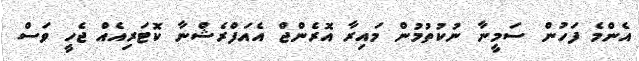
އެންމެ ފަހުން ސަމީނާ ނުކުތުމުން މައިރާ އޮރެންޖް އެއަފްރެޝްނާ ކޮޓަރިއެއް ޖެހީ ވަސް